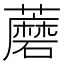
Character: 蘑